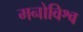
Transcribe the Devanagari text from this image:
मनोविश्व